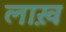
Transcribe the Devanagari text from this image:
लाख़